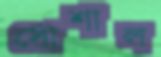
সোশাল